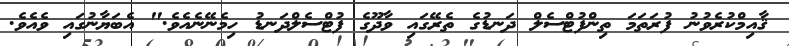
ޤާއިމްކުރެވުނު ފުރަތަމަ ތިންފުޓްސެލް ދަނޑުގެ ތެރޭގައި ވާދޫގެ ފުޓްސެލްދަނޑު ހިމެނޭނެއެވެ." އެބަޔާނުގައި ވެއެވެ.